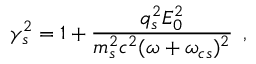
\gamma _ { s } ^ { 2 } = 1 + \frac { q _ { s } ^ { 2 } E _ { 0 } ^ { 2 } } { m _ { s } ^ { 2 } c ^ { 2 } ( \omega + \omega _ { c s } ) ^ { 2 } } \, \; ,